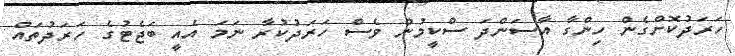
ހަރަދުކޮށްގެން ހިންގާ އާސަންދަ ސްކީމުން ވެސް ހަރަދުކުރާ ނަމަ އެއީ ބަޖެޓުގެ ހަރަދުތައް